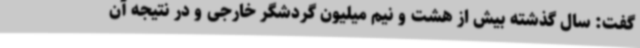
گفت: سال گذشته بیش از هشت و نیم میلیون گردشگر خارجی و در نتیجه آن